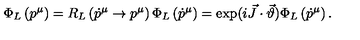
\Phi _ { L } \left( p ^ { \mu } \right) = R _ { L } \left( \dot { p } ^ { \mu } \to p ^ { \mu } \right) \Phi _ { L } \left( \dot { p } ^ { \mu } \right) = \exp ( i \vec { J } \cdot \vec { \vartheta } ) \Phi _ { L } \left( \dot { p } ^ { \mu } \right) .